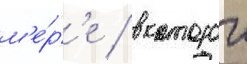
м'е́р'е / в которои